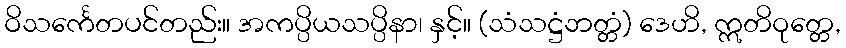
ဝိသင်္ကေတပင်တည်း။ အကပ္ပိယသပ္ပိနာ၊ နှင့်။ (သံသဋ္ဌံဘတ္တံ) ဒေဟိ, ဣတိဝုတ္တေ,